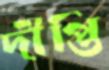
দীপ্তি